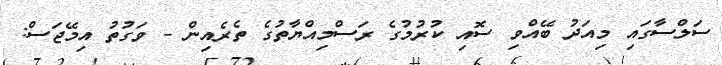
ސަލްސާގައި މިއަދު ބޭއްވި ސޮއި ކުރުމުގެ ރަސްމިއްޔާތުގެ ތެރެއިން - ވަގުތު އިމޭޖަސް: